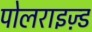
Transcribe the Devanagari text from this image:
पोलराइज़्ड